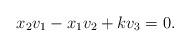
LaTeX: \begin{align*}x_2v_1-x_1v_2+kv_3=0.\end{align*}